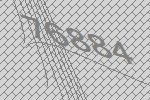
76884